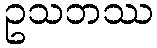
ဥသဘဿ